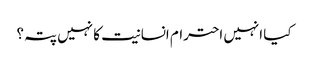
کیا انہیں احترام انسانیت کا نہیں پتہ؟